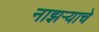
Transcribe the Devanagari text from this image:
नाझऱ्याचे